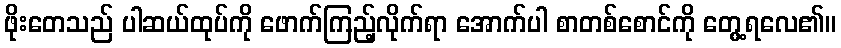
ဖိုးတေသည် ပါဆယ်ထုပ်ကို ဖောက်ကြည့်လိုက်ရာ အောက်ပါ စာတစ်စောင်ကို တွေ့ရလေ၏။